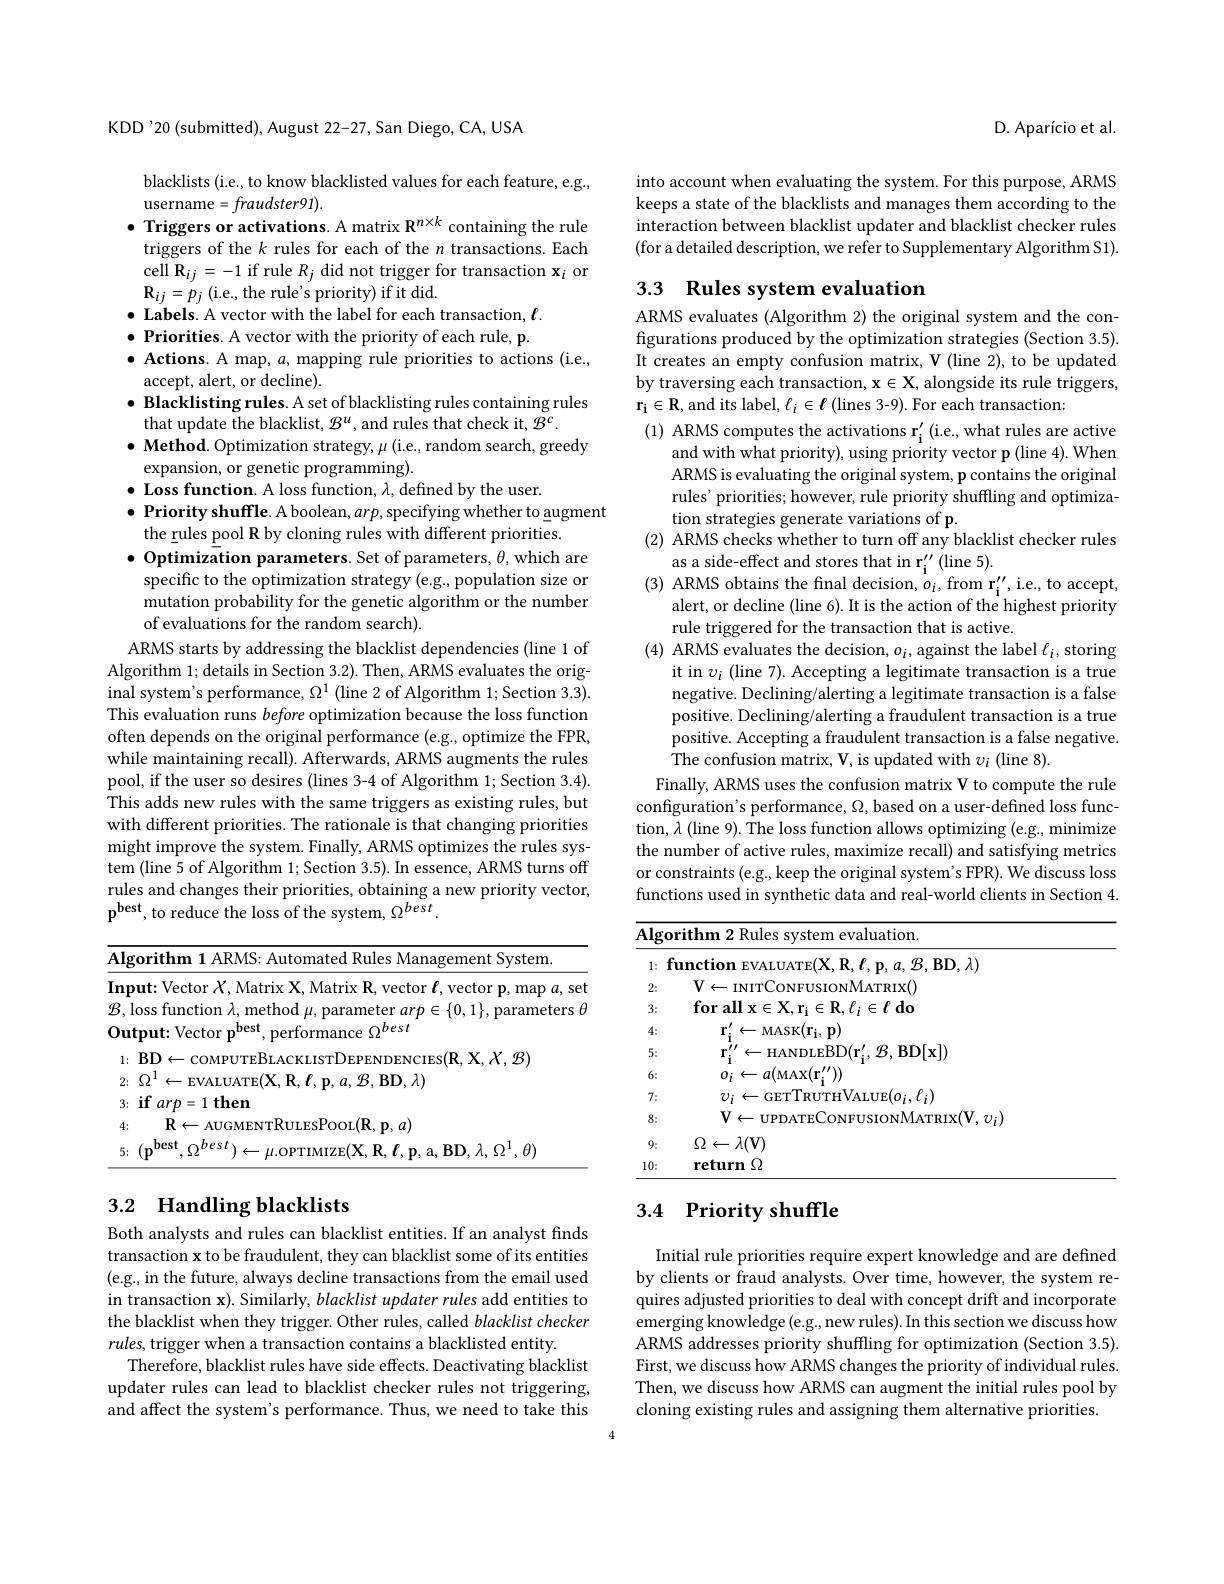
KDD'20(submitted), August 22-27, San Diego, CA, USA

blacklists (i.e., to know blacklisted values for each feature, e.g.,
username$=fraudster91).$
$\bullet$ Triggers or activations. A matrix $\mathbf{R}^{n\times k}$ containing the rule triggers of the $k$ rules for each of the $n$ transactions. Each cell R$_ij=-1$ if rule $R_j$ did not trigger for transaction $\mathbf{x}_i$ or $\mathbf{R}_{ij}=p_{j}\left(\mathrm{i.e.,~the~rule's~priority)~if~it~did.}\right.$
$\bullet$ Labels. A vector with the label for each transaction, $\ell.$ $\bullet$ Priorities. A vector with the priority of each rule, p. $\bullet$ Actions. A map, $a$, mapping rule priorities to actions (i.e.,
accept, alert, or decline) .
$\bullet$ Blacklisting rules. A set of blacklisting rules containing rules
that update the blacklist, $\mathcal{B}^u$, and rules that check it, $\mathcal{B}^c.$
$\bullet$ Method. Optimization strategy, $\mu$ (i.e., random search, greedy
expansion, or genetic programming).
$\bullet$ Loss function. A loss function, $\lambda$, defined by the user.
$\bullet$ Priority shuffle. A boolean, $arp$,specifying whether to augment
the rules pool R by cloning rules with different priorities.
$\bullet$ Optimization parameters. Set of parameters, $\theta$,which are
specific to the optimization strategy (e.g., population size or mutation probability for the genetic algorithm or the number of evaluations for the random search).
ARMS starts by addressing the blacklist dependencies (line 1 of Algorithm 1; details in Section 3.2). Then, ARMS evaluates the original system's performance, $\Omega^1$ (line 2 of Algorithm 1; Section 3.3). This evaluation runs before optimization because the loss function often depends on the original performance (e.g., optimize the FPR, while maintaining recall). Afterwards, ARMS augments the rules pool, if the user so desires (lines 3-4 of Algorithm 1; Section 3.4). This adds new rules with the same triggers as existing rules, but with different priorities. The rationale is that changing priorities might improve the system. Finally, ARMS optimizes the rules system (line 5 of Algorithm 1; Section 3.5). In essence, ARMS turns off rules and changes their priorities, obtaining a new priority vector, $\mathbf{p}^{\mathrm{best,~to~reduce~the~loss~of~the~system,~\Omega^{best}.}}$

<table>
	<tbody>
		<tr>
			<th>$A$</th>
			<th>orithm t System AKMS Manage</th>
		</tr>
		<tr>
			<td>In </td>
			<td>11</td>
		</tr>
		<tr>
			<td>$B$</td>
			<td>18 meters</td>
		</tr>
		<tr>
			<td> </td>
			<td>$\mathbf{RT}$ $=X.\mathcal{B}$</td>
		</tr>
	</tbody>
</table>

## 3.2 Handling blacklists

Both analysts and rules can blacklist entities. If an analyst finds transaction x to be fraudulent, they can blacklist some of its entities (e.g., in the future, always decline transactions from the email used in transaction x). Similarly, blacklist updater rules add entities to the blacklist when they trigger. Other rules, called blacklist checker rules, trigger when a transaction contains a blacklisted entity.
Therefore, blacklist rules have side effects. Deactivating blacklist updater rules can lead to blacklist checker rules not triggering, and affect the system's performance. Thus, we need to take this

D. Aparício et al.

into account when evaluating the system. For this purpose, ARMS keeps a state of the blacklists and manages them according to the interaction between blacklist updater and blacklist checker rules (for a detailed description, we refer to Supplementary Algorithm S1).

## 3.3 Rules system evaluation

ARMS evaluates (Algorithm 2) the original system and the configurations produced by the optimization strategies (Section 3.5). It creates an empty confusion matrix, V (line 2), to be updated by traversing each transaction, $\mathbf{x}\in\mathbf{X}$, alongside its rule triggers, $\mathbf{r_{i}\in R,and~its~label,~\ell_{i}\in\ell~(lines~3-9).~For~each~transaction:}$
(1) ARMS computes the activations r$_{\mathrm{i}}^{\prime}($i.e., what rules are active
and with what priority), using priority vector p (line 4). When ARMS is evaluating the original system, p contains the original rules' priorities; however, rule priority shuffling and optimization strategies generate variations of p.
(2) ARMS checks whether to turn off any blacklist checker rules
as a side-effect and stores that in r$_{\mathbf{i} }^{\prime \prime }$ ( line 5) .
(3) ARMS obtains the final decision, $o_i$, from r'', i.e., to accept,
alert, or decline (line 6). It is the action of the highest priority
rule triggered for the transaction that is active.
(4) ARMS evaluates the decision, $o_i$, against the label $\ell_i$, storing
it in $v_i$ (line 7). Accepting a legitimate transaction is a true negative. Declining/alerting a legitimate transaction is a false positive. Declining/alerting a fraudulent transaction is a true positive. Accepting a fraudulent transaction is a false negative. The confusion matrix, V, is updated with $v_i$ (line 8).
Finally, ARMS uses the confusion matrix V to compute the rule configuration's performance, $\Omega$, based on a user-defined loss function, $\lambda$ (line 9). The loss function allows optimizing (e.g., minimize the number of active rules, maximize recall) and satisfying metrics or constraints (e.g., keep the original system's FPR). We discuss loss functions used in synthetic data and real-world clients in Section 4.

<table>
	<tbody>
		<tr>
			<th>$\overline{\mathbf{Algo}}$</th>
			<th>valuation.</th>
		</tr>
		<tr>
			<td>$f$ 1:</td>
			<td>$\mathbf{BD},\lambda)$</td>
		</tr>
		<tr>
			<td>2:</td>
			<td>$V.$ $\Lambda_{\mathrm{ATRIX}}()$</td>
		</tr>
		<tr>
			<td>3:</td>
			<td>$\mathbf{for}$all x$\in$ $\mathbf{R},\ell_{i}\in\ell$ do</td>
		</tr>
		<tr>
			<td>4:</td>
			<td>$\leftarrow$MASK$( \mathbf{r} _{\mathrm{i} }, \mathbf{p} )$</td>
		</tr>
		<tr>
			<td>5:</td>
			<td>RIM$r^{\prime }$ $\mathcal{B}$,BD$[\mathbf{x}])$</td>
		</tr>
		<tr>
			<td>6:</td>
			<td>$\dot{o_{i}} \leftarrow a($MAX$( \mathbf{r_{i}^{\prime \prime }} ) )$</td>
		</tr>
		<tr>
			<td>7:</td>
			<td>${\mathrm{LUE}}(o_{i},\ell_{i})$ 70.</td>
		</tr>
		<tr>
			<td>8:</td>
			<td>$\mathbf{V}\leftarrow$UPDATECONFUSIONMATRIX$(\mathbf{V},v_{i})$</td>
		</tr>
		<tr>
			<td>$9_{:}$</td>
			<td>$\Omega\leftarrow\lambda(\mathbf{V})$</td>
		</tr>
		<tr>
			<td>10:</td>
			<td>return $\Omega$</td>
		</tr>
	</tbody>
</table>

# 3.4 Priority shuffle

Initial rule priorities require expert knowledge and are defined by clients or fraud analysts. Over time, however, the system requires adjusted priorities to deal with concept drift and incorporate emerging knowledge (e.g., new rules). In this section we discuss how ARMS addresses priority shuffling for optimization (Section 3.5). First, we discuss how ARMS changes the priority of individual rules. Then, we discuss how ARMS can augment the initial rules pool by cloning existing rules and assigning them alternative priorities.